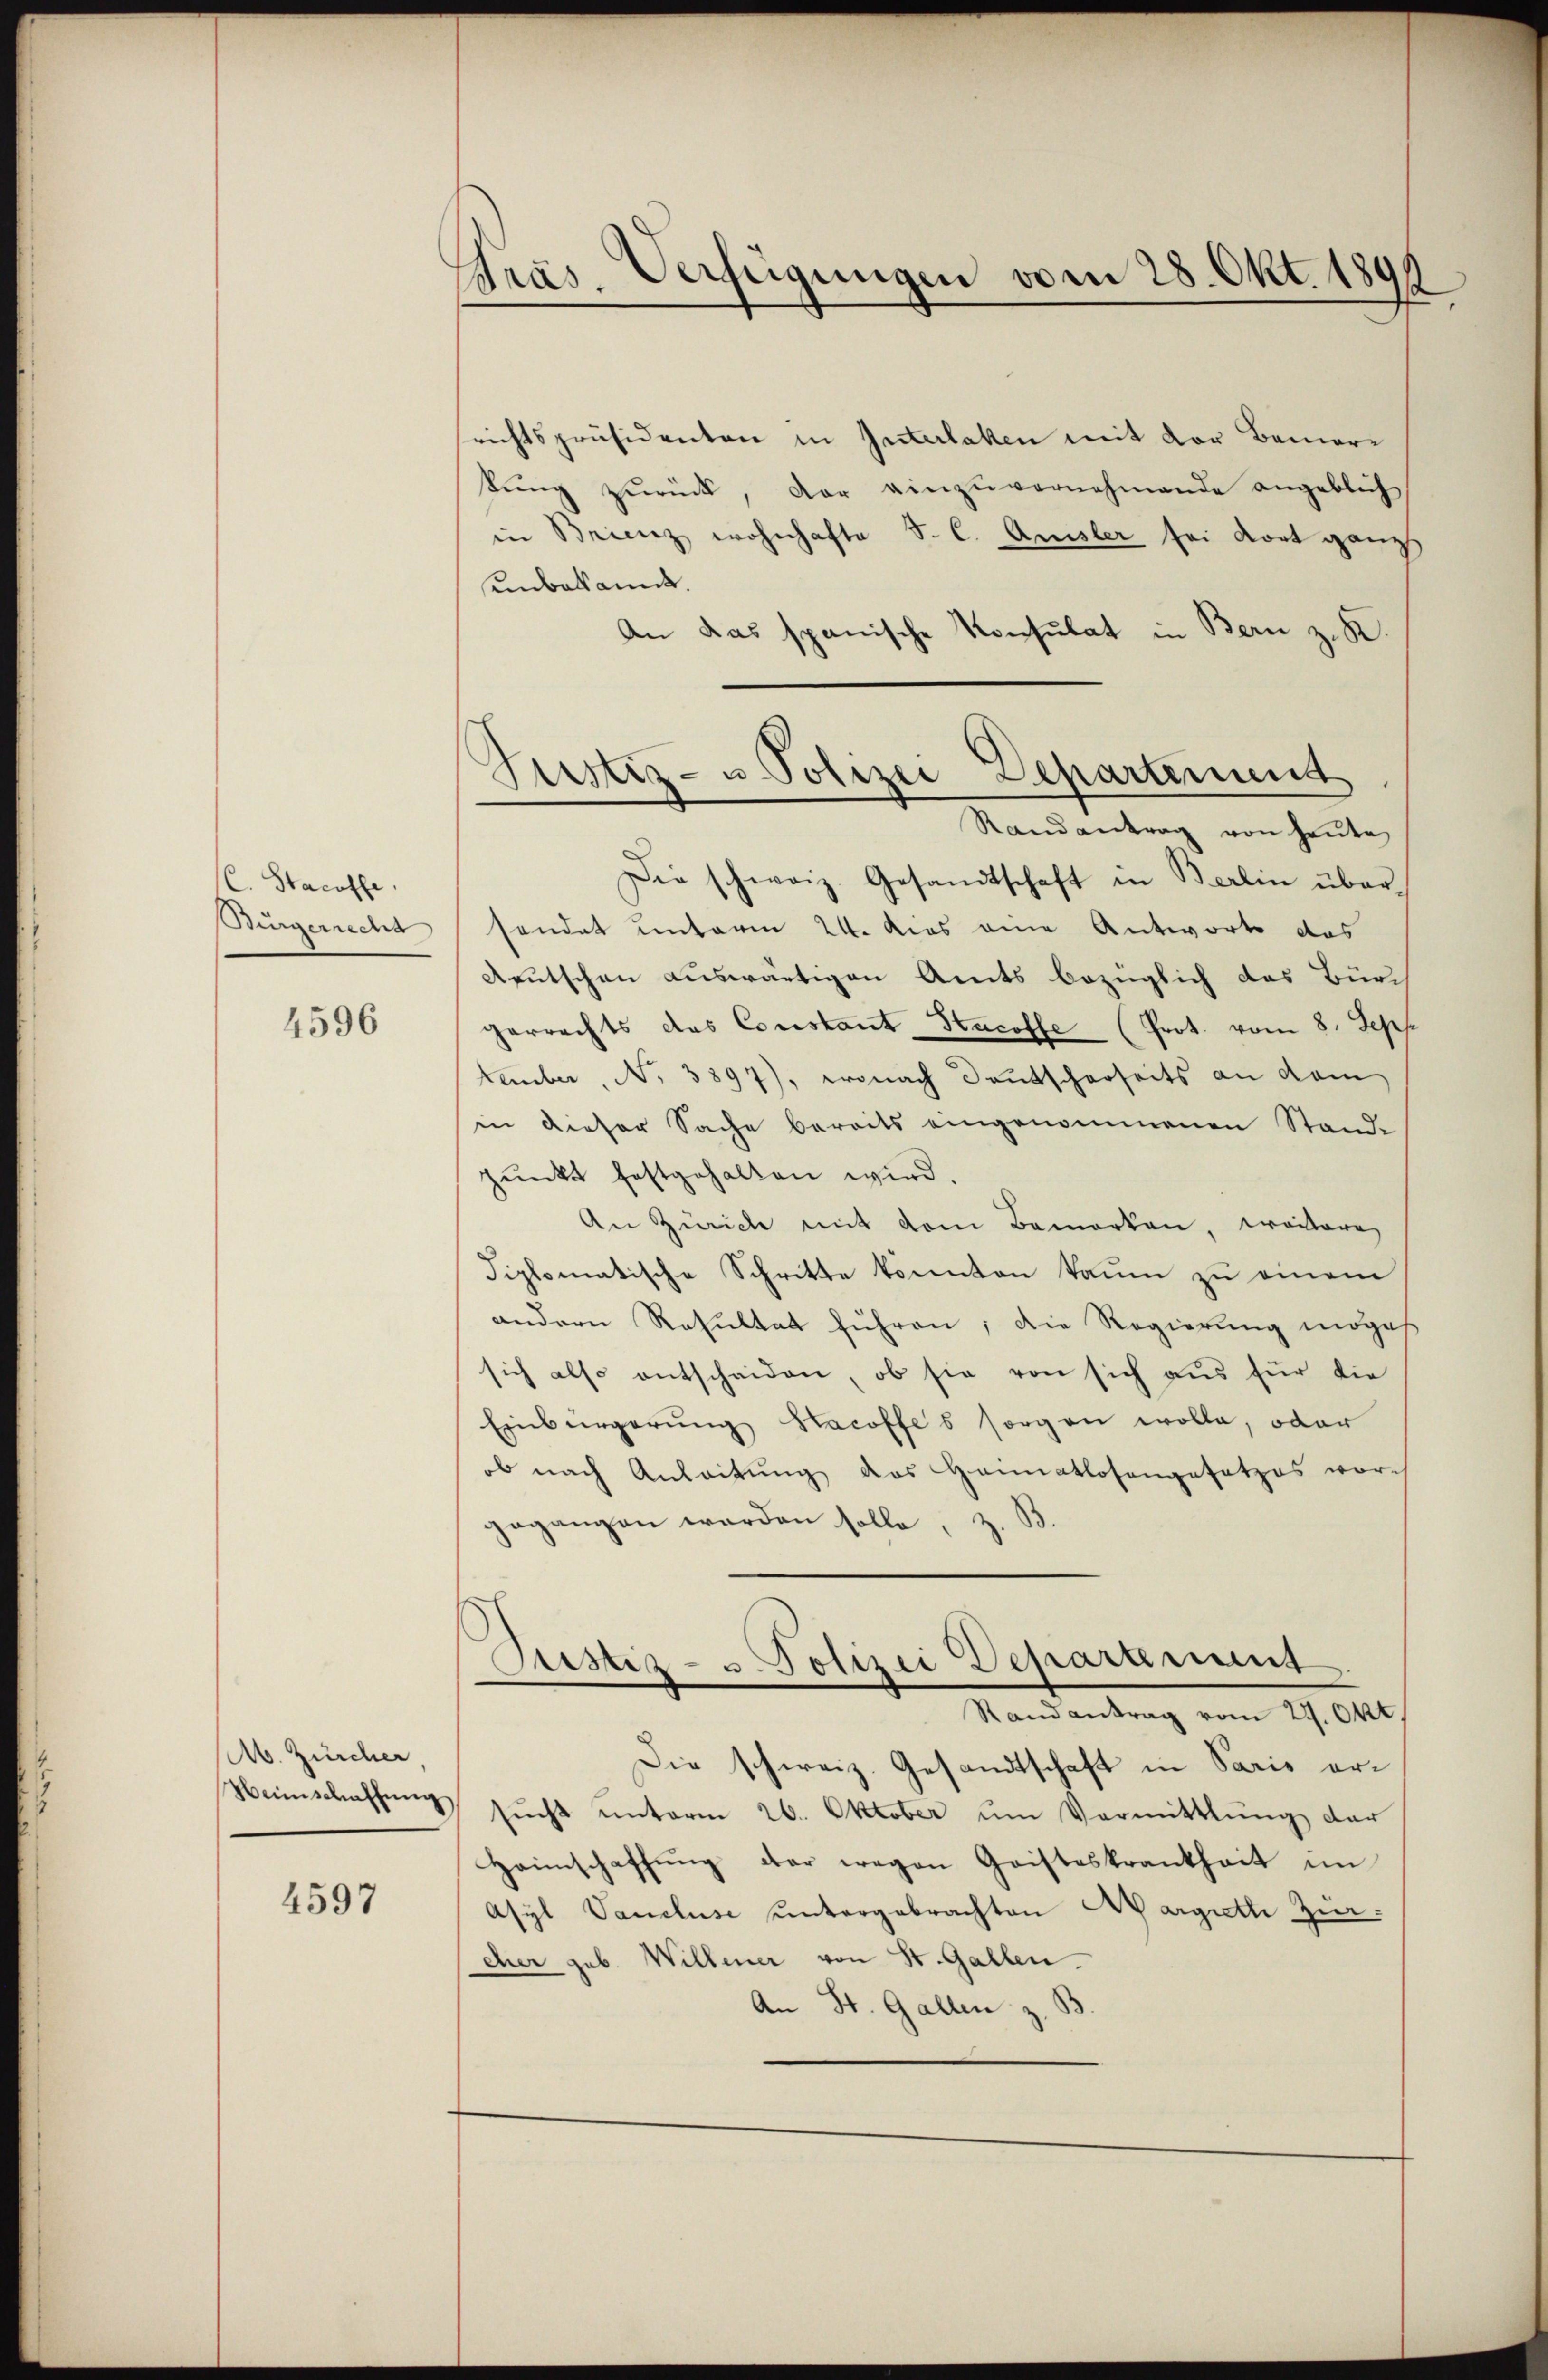
C. Stacoffe
Burgerrecht

4596

l. Zürcher,

4597

Gras. Verfügungen vom 28. Okt. 1891

srichtspräsidenten in Interlaken mit der Bemertŭng zŭrück, der einzŭvernehmende angeblich
in Brienz wohnhafte S. C. Amisler sei dort ganz
unbekannt.
An das spanische Konsulat in Bern z. K.
Die schweiz. Gesandtschaft in Berlin über-
sendet unterm 24. dies eine Antworts das
Aputschen auswärtigen Amts bezüglich das Bürch
herrechts das Constant Hucoffe (Prot. vom 8. Sep
tember, No. 3897), wonach Deutscharseits an dem
in dieser Sache bereits eingenommenen Stande
pŭnkt festgehalten wird.
An Zürich mit dem Bemerken, weitere
diplomatische Schritte konnten kaum zu einem
andern Resultat führen, die Regierung möges.
sich also entscheiden, ob sie von sich aus für die
Einbürgerung Hacoffes sorgen wolle, oder
ob nach Anleitung des Heimatlosengesetzes vorch
gegangen werden solle
.S.
Justiz- u. Polizei Departement
Randantrag vom 27. Okt.
Die schweiz. Gesandtschaft in Paris er¬
Heimschaffung sucht unterm 26. Oktober um Vermittlung der
Heimschaffung der wegen Geisteskrankheit im
Asyl Vancluse untergebrachten Margreth Zürcher geb. Willener von St. Gallen.
An St. Gallen z.

Justiz- u Polizei Departemend
Randantrag von heŭte